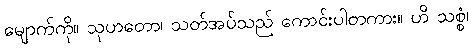
မျောက်ကို။ သုဟတော၊ သတ်အပ်သည် ကောင်းပါတကား။ ဟိ သစ္စံ၊